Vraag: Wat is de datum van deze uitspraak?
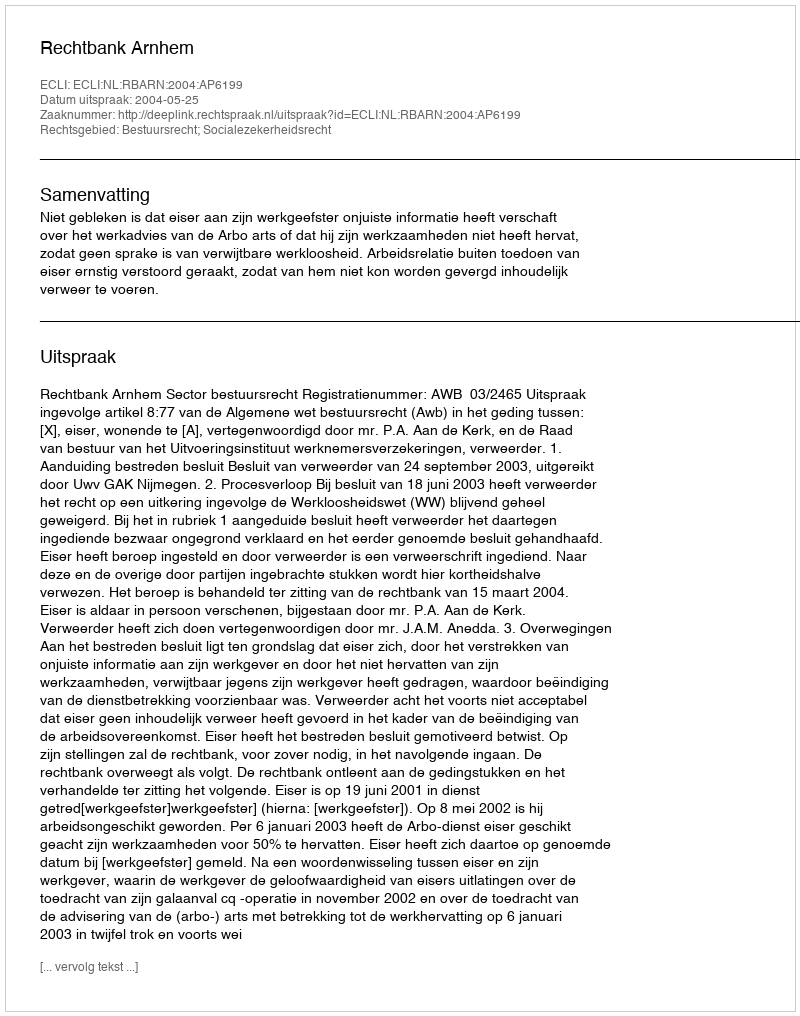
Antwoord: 2004-05-25